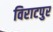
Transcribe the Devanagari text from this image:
विराटपुर